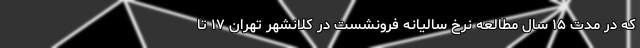
که در مدت ۱۵ سال مطالعه نرخ سالیانه فرونشست در کلانشهر تهران ۱۷ تا